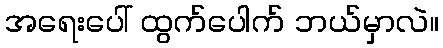
အရေးပေါ် ထွက်ပေါက် ဘယ်မှာလဲ။